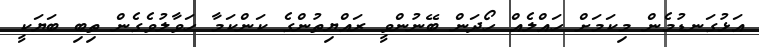
އަޅުގަނޑުމެން މިކަމަށް ހައްލެއް ހޯދަން ބޭނުންވީ ރައްޔިތުންގެ ކަންކަމާ ހަވާލުވެގެން ތިބި ބަޔަކީ